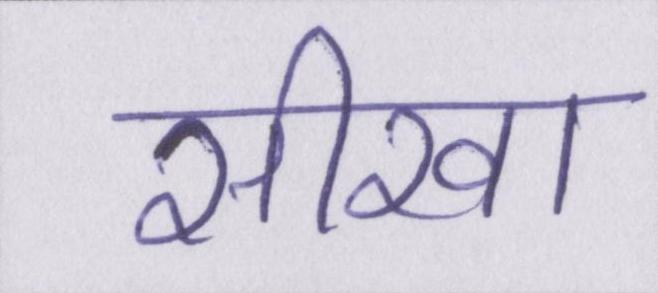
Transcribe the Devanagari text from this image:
सीखा